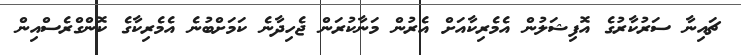
ޗައިނާ ސަރުކާރުގެ އޮފިޝަލުން އެމެރިކާއަށް އެރުން މަނާކުރަން ޖެހިދާނެ ކަމަށްބުނެ އެމެރިކާގެ ކޮންގްރެސްއިން